Indian journal of veterinary science and animal husbandry - Volumes 18-21, 1948-1951
Year: 1948
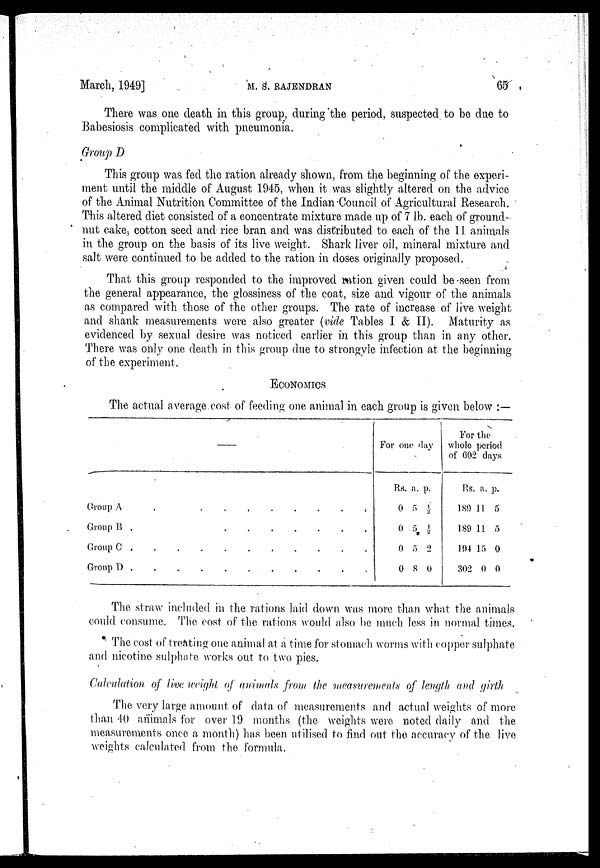
March, 1949]
M.
S.
RAJENDRAN
65
There was one death in this group, during the period, suspected to be due to
Babesiosis complicated with pneumonia.
Group D
This group was fed the ration already shown, from the beginning of the experi-
ment until the middle of August 1945, when it was slightly altered on the advice
of the Animal Nutrition Committee of the Indian •Council of Agricultural Research.
This altered diet consisted of a concentrate mixture made up of 7 lb. each of ground-
nut cake, cotton seed and rice bran and was distributed to each of the 11 animals
in the group on the basis of its live weight. Shark liver oil, mineral mixture and
salt were continued to be added to the ration in doses originally proposed.
That this group responded to the improved ration given could be seen from
the general appearance, the glossiness of the coat, size and vigour of the animals
as compared with those of the other groups. The rate of increase of live weight
and shank measurements were also greater (vide Tables I & II). Maturity as
evidenced by sexual desire was noticed earlier in this group than in any other.
There was only one death in this group due to strongyle infection at the beginning
of the experiment.
ECONOMICS
The actual average cost of feeding one animal in each group is given below :—
—
Group A . . . . . . . . .
Group B . . . . . . . . .
Group C . . . . . . . . .
Group D . . . . . . . . .
For
one
Rs.
0
0
0
0
day
a.
5
5
5
8
p.
½
½
2
0
For the
whole period
of 602 days
Rs.
189
189
194
302
a.
11
11
15
0
p.
5
5
0
0
The straw included in the rations laid down was more than what the animals
could consume. The cost of the rations would also be much less in normal times.
The cost of treating one animal at a time for stomach worms with copper sulphate
and nicotine sulphate works out to two pies.
Calculation of live weight of animals from the measurements of length and girth
The very large amount of data of measurements and actual weights of more
than 40 animals for over 19 months (the weights were noted daily and the
measurements once a month) has been utilised to find out the accuracy of the live
weights calculated from the formula.